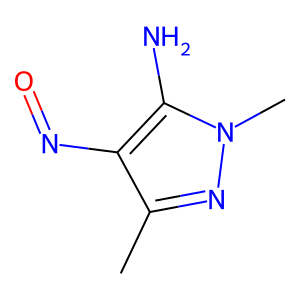
SMILES: Cc1nn(C)c(N)c1N=O
Inhibits HIV replication: No